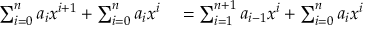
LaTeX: \begin{array} { r l } { \sum _ { i = 0 } ^ { n } a _ { i } x ^ { i + 1 } + \sum _ { i = 0 } ^ { n } a _ { i } x ^ { i } } & { { } = \sum _ { i = 1 } ^ { n + 1 } a _ { i - 1 } x ^ { i } + \sum _ { i = 0 } ^ { n } a _ { i } x ^ { i } } \end{array}